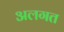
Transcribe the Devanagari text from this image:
अलगत